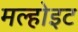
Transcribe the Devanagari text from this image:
मल्होइट